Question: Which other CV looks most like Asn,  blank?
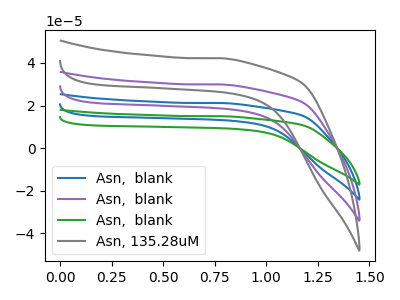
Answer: <think>The blue curve "Asn,  blank" has no peaks. The purple curve "Asn,  blank" has no peaks. The green curve "Asn,  blank" has no peaks. The gray curve "Asn, 135.28uM" has no peaks.
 Neither "Asn,  blank" or "Asn,  blank" have any peaks. Neither "Asn,  blank" or "Asn,  blank" have any peaks. Neither "Asn,  blank" or "Asn, 135.28uM" have any peaks. Neither "Asn,  blank" or "Asn,  blank" have any peaks. Neither "Asn,  blank" or "Asn, 135.28uM" have any peaks. Neither "Asn,  blank" or "Asn, 135.28uM" have any peaks.</think>
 <answer>"Asn,  blank", "Asn,  blank" and "Asn,  blank" have a similar shape to "Asn, 135.28uM".</answer>
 <eval>"Asn,  blank" "Asn,  blank" "Asn,  blank"</eval>